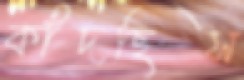
কাঁদছিস